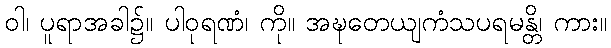
ဝါ၊ ပူရာအခါ၌။ ပါဝုရဏံ၊ ကို။ အဍ္ဎတေယျကံသပရမန္တိ၊ ကား။